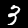
Label: 3